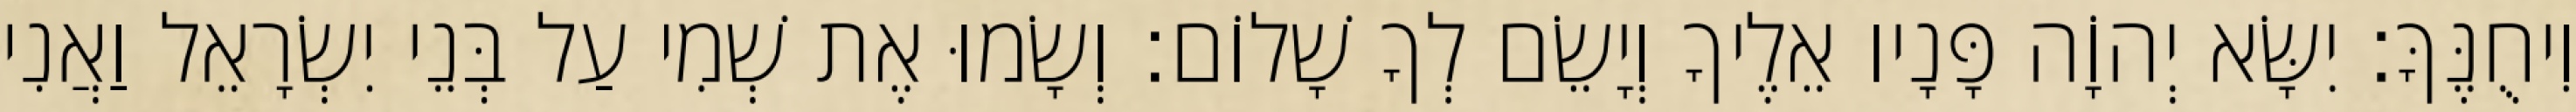
וִיחֻנֶּךָּ׃ יִשָּׂא יְהוָֹה פָּנָיו אֵלֶיךָ וְיָשֵׂם לְךָ שָׁלוֹם׃ וְשָׂמוּ אֶת שְׁמִי עַל בְּנֵי יִשְׂרָאֵל וַאֲנִי